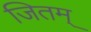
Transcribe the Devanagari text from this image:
जितम्